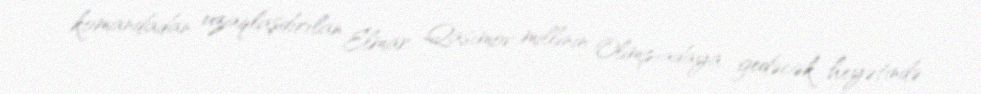
komandadan uzaqlaşdırılan Elmar Qasımov millinin Olimpiadaya gedəcək heyətində